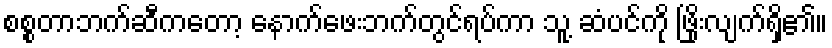
စစ္စတာဘက်ဆီကတော့ နောက်ဖေးဘက်တွင်ရပ်ကာ သူ့ ဆံပင်ကို ဖြိုးလျက်ရှိ၏။